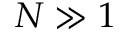
N \gg 1